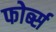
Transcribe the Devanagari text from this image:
फोर्ब्‍स